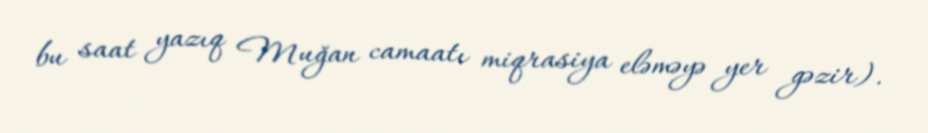
bu saat yazıq Muğan camaatı miqrasiya eləməyə yer gəzir).